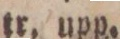
tr. upp.